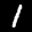
Label: 1